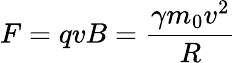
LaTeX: F=qvB=\frac{\gamma m_{0}v^{2}}{R}